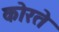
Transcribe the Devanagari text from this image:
कोरते